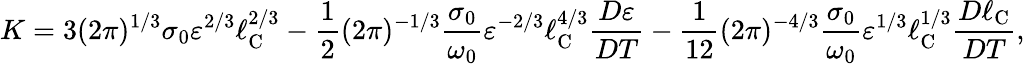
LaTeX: K=3(2\pi)^{1/3}\sigma_{0}\varepsilon^{2/3}\ell_{\textrm{C}}^{2/3}-\frac{1}{2}(2\pi)^{-1/3}\frac{\sigma_{0}}{\omega_{0}}\varepsilon^{-2/3}\ell_{\textrm{C}}^{4/3}\frac{D\varepsilon}{DT}-\frac{1}{12}(2\pi)^{-4/3}\frac{\sigma_{0}}{\omega_{0}}\varepsilon^{1/3}\ell_{\textrm{C}}^{1/3}\frac{D\ell_{\textrm{C}}}{DT},